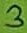
Text: 3